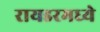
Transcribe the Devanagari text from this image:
रायडरमध्ये